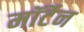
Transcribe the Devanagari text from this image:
मॉर्टेन